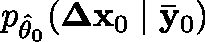
p _ { \hat { \theta } _ { 0 } } ( \mathbf { \Delta x } _ { 0 } \mid \mathbf { \bar { y } } _ { 0 } )